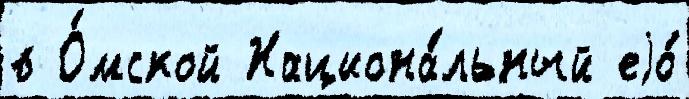
в О́мской Национа́льный еjо́